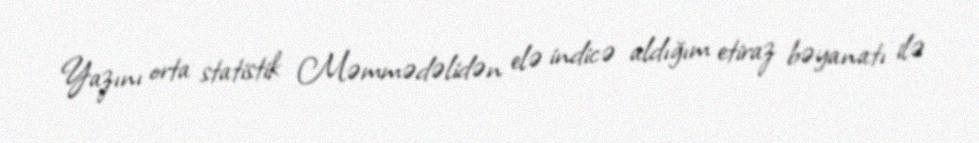
Yazını orta statistik Məmmədəlidən elə indicə aldığım etiraz bəyanatı ilə